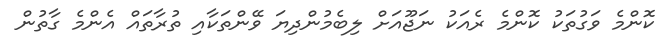
ކޮންމެ ވަގުތަކު ކޮންމެ ރެއަކު ނަޖޫއަށް ލިބެމުންދިޔަ ވޭންތަކާއި ތުރާތައް އެންމެ ގާތުން